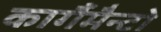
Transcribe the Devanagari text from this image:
कार्गैमैन्टो